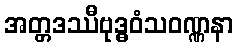
အတ္တဒဿီဗုဒ္ဓဝံသဝဏ္ဏနာ